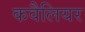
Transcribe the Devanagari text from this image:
कवैलियर